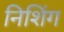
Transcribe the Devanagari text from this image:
निशिंग